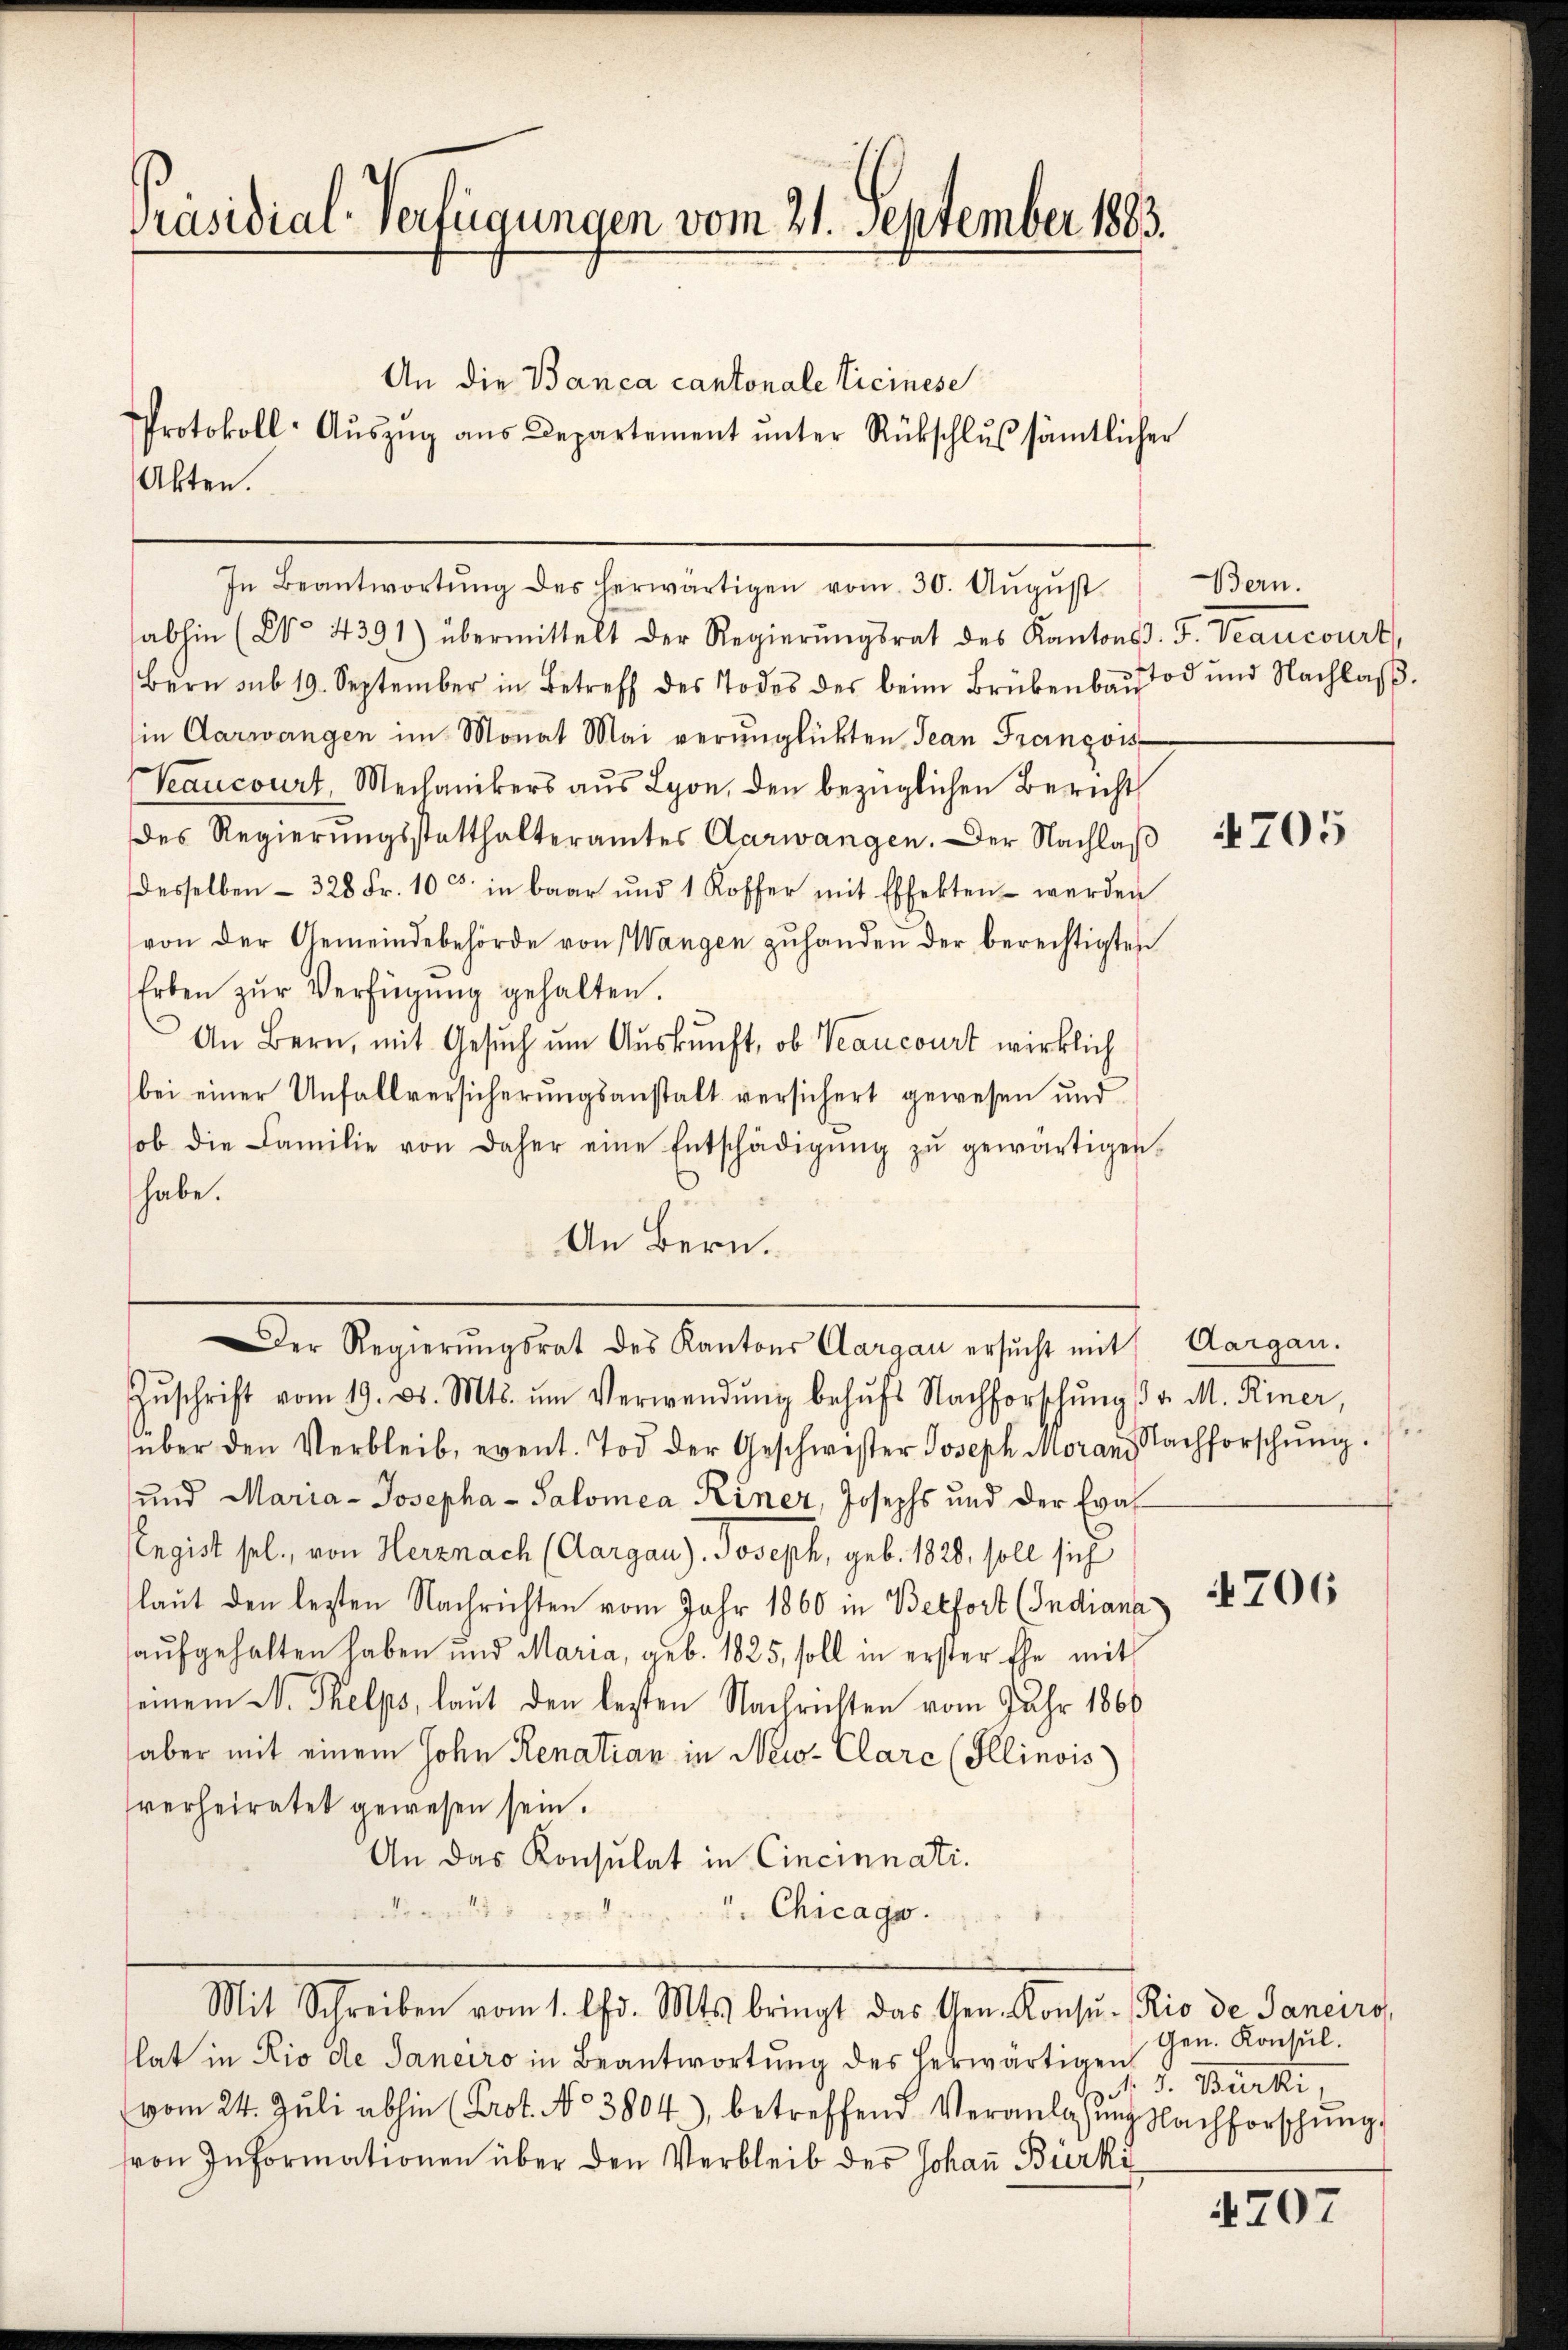
Präsidial-Verfügungen vom 21. September 1883.

Akten.

In Beantwortŭng des herwärtigen vom 30. Aŭgŭst
abhin (No. 4391) übermittelt der Regierŭngsrat des Kantons. F. Veancourt
Bern sub 19. September in Betreff des Todes des beim Brübenbaŭtod und Nachlaβ.
in Aarwangen im Monat Mai verunglückten Jean François-
Veancourt, Mechanikers aus Lyon, den bezüglichen Bericht
des Regierungsstatthalteramtes Aarwangen. Der Nachlaß
desselben - 328 Fr. 10 c. in baar und 1 Koffer mit Effekten werden
von der Gemeindebehörde von Wangen zŭ handen der berechtigten
Erben zŭr Verfügŭng gehalten.
An Bern, mit Gesuch um Auskunft, ob Veancourt wirklich
bei einer Unfallversicherungsanstalt versichert gewesen und
ob die Familie von daher eine Entschädigŭng zŭ gewärtigen
habe.
An Bern.

Zŭschrift vom 19. d. Mts. ŭm Verwendŭng behŭfs Nachforschŭng v. M. Riner,
über den Verbleib, event. Tod der Geschwester Joseph Moran Nachforschŭng.
und Maria- Josepha - Salomea Riner, Josephs und der Eva
Engist sel., von Herznach (Aargau). Joseph, geb. 1828, soll sich
(laut den lezten Nachrichten vom Jahr 1860 in Belfort (Indiana
aŭfgehalten haben und Maria, geb. 1825, soll in erster Ehe mit
seinem N. Thelps, laut den lezten Nachrichten vom Jahr 1860
aber mit einem Hohe Renatian in New-Clarc (Illinois
verheiratet gewesen sein.
An das Konsulat in Cincinnati
brasil
 Chicago.

Protokoll-Aŭszŭg ans Departement ŭnter Rückschlŭβ sämtlicher

An die Banca cantonale Ticinese

Der Regierŭngsrat des Kantons Aargau ersucht mit Aargau.

Mit Schreiben vom 1. Chr. Mts. bringt das Gen. Konsŭ- Rio de Janeiro,

lat in Rio die Janeiro in Beantwortung des herwärtigen
vom 24. Jŭli abhin (Prot. No 3804), betreffend Veranlaβŭng Nachforschŭng
ron Informationen über den Verbleib des Johaṅ Bürki

Bern.

.

4705

4706

Gen. Konsul.
d. 5. Bürki

4707